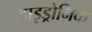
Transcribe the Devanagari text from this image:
हाइड्रोनिक